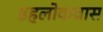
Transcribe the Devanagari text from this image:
इहलोकवास